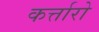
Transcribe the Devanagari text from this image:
कर्त्तारो